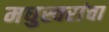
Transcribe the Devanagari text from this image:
मधुस्वरांचा